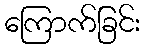
ကြောက်ခြင်း